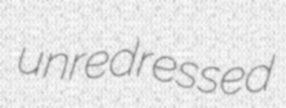
unredressed